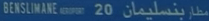
"GENSLIMANE